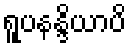
ရူပနန္ဒိယာပိ